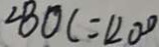
\angle B O C = 1 2 0 ^ { \circ }